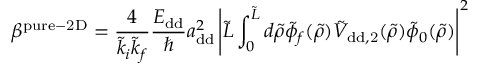
\beta ^ { \mathrm { p u r e - 2 D } } = \frac { 4 } { \tilde { k } _ { i } \tilde { k } _ { f } } \frac { E _ { \mathrm { d d } } } { \hbar } a _ { \mathrm { d d } } ^ { 2 } \left\vert \tilde { L } \int _ { 0 } ^ { \tilde { L } } d \tilde { \rho } \tilde { \phi } _ { f } ( \tilde { \rho } ) \tilde { V } _ { \mathrm { { d d } , 2 } } ( \tilde { \rho } ) \tilde { \phi } _ { 0 } ( \tilde { \rho } ) \right\vert ^ { 2 }